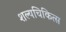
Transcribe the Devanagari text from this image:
शल्यचिकित्स